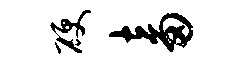
硬畜